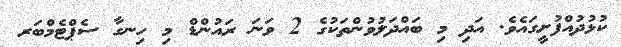
ކުޅުދުއްފުށީގައެވެ. އަދި މި ބައްދަލުވުންތަކުގެ 2 ވަނަ ރައުންޑް މި ހިނގާ ސެޕްޓެމްބަރ